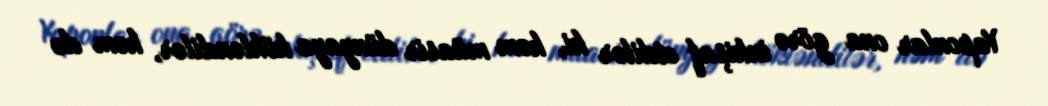
Yaponlar ona görə inkişaf etdilər ki, həm müasir dünyaya kökləndilər, həm də